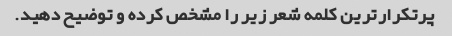
پرتکرارترین کلمه شعر زیر را مشخص کرده و توضیح دهید.